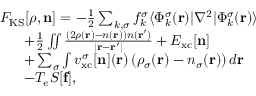
\begin{array} { r l } & { { \cal F } _ { \mathrm { K S } } [ { \boldsymbol \rho } , { \bf n } ] = - \frac { 1 } { 2 } \sum _ { k , \sigma } f _ { k } ^ { \sigma } \langle \Phi _ { k } ^ { \sigma } ( { \bf r } ) \vert \nabla ^ { 2 } \vert \Phi _ { k } ^ { \sigma } ( { \bf r } ) \rangle } \\ & { ~ ~ ~ ~ ~ + \frac { 1 } { 2 } \iint \frac { \left( 2 { \rho } ( { \bf r } ) - n ( { \bf r } ) \right) { n } ( { \bf r ^ { \prime } } ) } { \vert { \bf r - r ^ { \prime } } \vert } + E _ { \mathrm { x c } } [ { \bf n } ] } \\ & { ~ ~ ~ ~ ~ + \sum _ { \sigma } \int v _ { \mathrm { x c } } ^ { \sigma } [ { \bf n } ] ( { \bf r } ) \left( \rho _ { \sigma } ( { \bf r } ) - n _ { \sigma } ( { \bf r } ) \right) d { \bf r } } \\ & { ~ ~ ~ ~ ~ - T _ { e } { \cal S } [ { \bf f } ] , } \end{array}